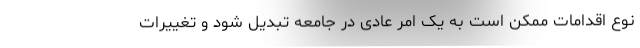
نوع اقدامات ممکن است به یک امر عادی در جامعه تبدیل شود و تغییرات